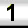
Digit: 1